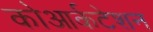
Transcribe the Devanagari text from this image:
कोआर्कटेशन